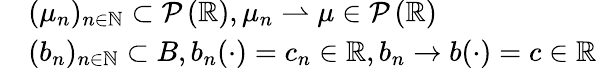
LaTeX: \begin{array}{rl}&{(\mu_{n})_{n\in\mathbb{N}}\subset\mathcal{P}\left(\mathbb{R}\right),\mu_{n}\rightharpoonup\mu\in\mathcal{P}\left(\mathbb{R}\right)}\\ &{(b_{n})_{n\in\mathbb{N}}\subset B,b_{n}(\cdot)=c_{n}\in\mathbb{R},b_{n}\to b(\cdot)=c\in\mathbb{R}}\end{array}